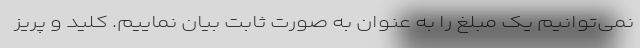
نمی‌توانیم یک مبلغ را به عنوان به صورت ثابت بیان نماییم. کلید و پریز